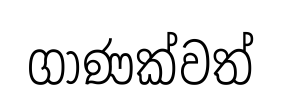
ගාණක්වත්